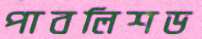
পাবলিশড